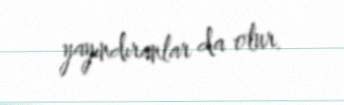
yayındıranlar da olur.